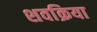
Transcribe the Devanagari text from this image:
शवक्रिया